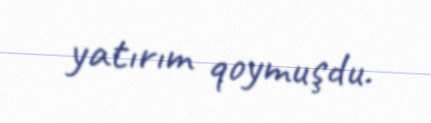
yatırım qoymuşdu.